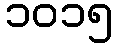
၁၀၁၅